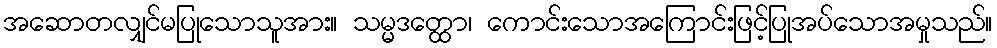
အဆောတလျှင်မပြုသောသူအား။ သမ္မဒတ္ထော၊ ကောင်းသောအကြောင်းဖြင့်ပြုအပ်သောအမှုသည်။